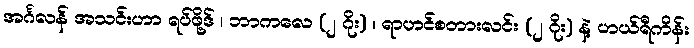
အင်္ဂလန် အသင်းဟာ ရပ်ဖို့ဒ် ၊ ဘာကလေ (၂ ဂိုး) ၊ ရာဟင်စတားလင်း (၂ ဂိုး) နဲ့ ဟယ်ရီကိန်း